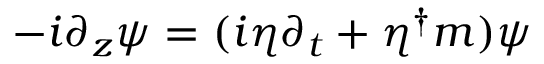
\begin{array} { r } { - i \partial _ { z } \psi = ( i \eta \partial _ { t } + \eta ^ { \dagger } m ) \psi } \end{array}